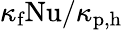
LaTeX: \kappa_{\textrm{f}}\mathrm{Nu}/\kappa_{\textrm{p,h}}